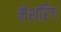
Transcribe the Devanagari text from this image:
मेशरिंग